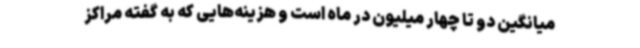
میانگین دو تا چهار میلیون در ماه است و هزینه‌هایی که به گفته مراکز